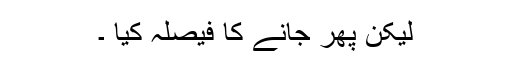
لیکن پھر جانے کا فیصلہ کیا ۔